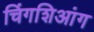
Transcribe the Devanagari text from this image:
चिंगशिआंग